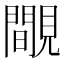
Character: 覸